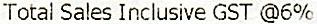
TOTAL SALES INCLUSIVE GST @6%